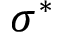
\sigma ^ { * }